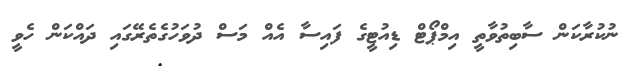
ނުކުރާކަން ސާބިތުވާތީ އިމްޕޯޓް ޑިއުޓީގެ ފައިސާ އެއް މަސް ދުވަހުގެތެރޭގައި ދައްކަން ހެވީ